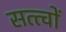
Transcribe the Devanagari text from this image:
सत्त्वों